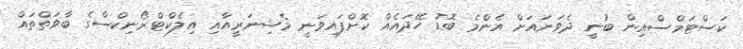
ކަސްޓަމްސްއިން ބުނީ ދެވަނައަށް އެންމެ ބޮޑު ހޭދައެއް ކޮށްފައިވަނީ މެޝިނަރީއާއި އިލެކްޓްރޯނިކްސްގެ ބާވަތްތައް